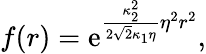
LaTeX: f(r)=\mathrm{e}^{\frac{\kappa_{2}^{2}}{2\sqrt{2}\kappa_{1}\eta}\eta^{2}r^{2}},